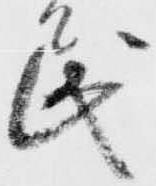
民